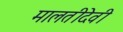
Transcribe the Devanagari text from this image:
मालतीदेवी